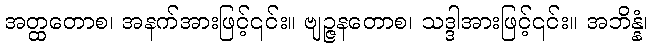
အတ္ထတောစ၊ အနက်အားဖြင့်၎င်း။ ဗျဉ္ဇနတောစ၊ သဒ္ဒါအားဖြင့်၎င်း။ အဘိန္နံ၊